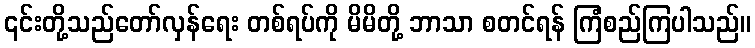
၎င်းတို့သည်တော်လှန်ရေး တစ်ရပ်ကို မိမိတို့ ဘာသာ စတင်ရန် ကြံစည်ကြပါသည်။